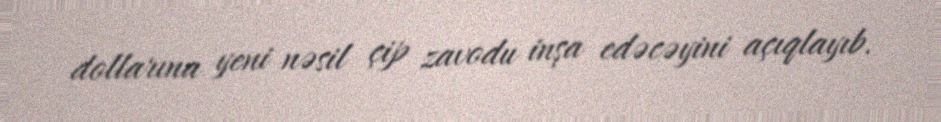
dollarına yeni nəsil çip zavodu inşa edəcəyini açıqlayıb.